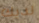
لديك